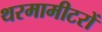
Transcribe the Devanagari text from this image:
थरमामीटरों